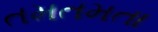
તમતમતા